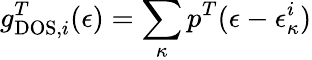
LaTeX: g_{\mathrm{DOS},i}^{T}(\epsilon)=\sum_{\kappa}p^{T}(\epsilon-\epsilon_{\kappa}^{i})